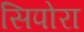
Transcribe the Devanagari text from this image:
सिपोरा